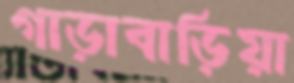
গাড়াবাড়িয়া